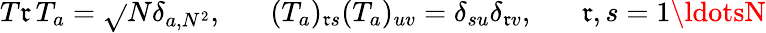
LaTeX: T\mathfrak{r}\, T_{a}=\sqrt{}{N}\delta_{a,N^{2}},\; \; \; \; \; \; (T_{a})_{\mathfrak{r}s}(T_{a})_{uv}=\delta_{su}\delta_{\mathfrak{r}v},\; \; \; \; \; \; \mathfrak{r},s=1\ldotsN